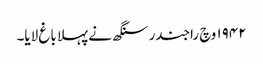
١٩٤٢ وچ راجندر سنگھ نے پہلا باغ لایا۔